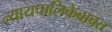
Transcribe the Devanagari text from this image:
न्यायपालिकेबाबत